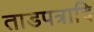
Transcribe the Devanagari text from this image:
ताडपत्रादि